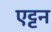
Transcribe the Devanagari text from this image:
एट्टन